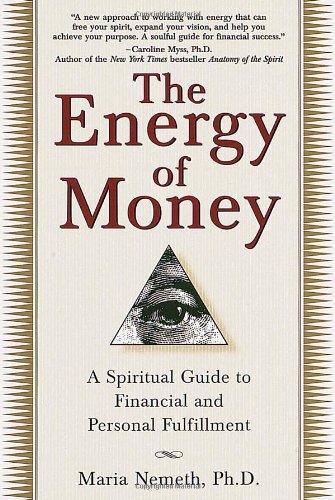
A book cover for The Energy of Money: A Spiritual Guide to Financial and Personal Fulfillment; Maria Nemeth Ph.D.; Business & Money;